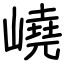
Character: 嶢